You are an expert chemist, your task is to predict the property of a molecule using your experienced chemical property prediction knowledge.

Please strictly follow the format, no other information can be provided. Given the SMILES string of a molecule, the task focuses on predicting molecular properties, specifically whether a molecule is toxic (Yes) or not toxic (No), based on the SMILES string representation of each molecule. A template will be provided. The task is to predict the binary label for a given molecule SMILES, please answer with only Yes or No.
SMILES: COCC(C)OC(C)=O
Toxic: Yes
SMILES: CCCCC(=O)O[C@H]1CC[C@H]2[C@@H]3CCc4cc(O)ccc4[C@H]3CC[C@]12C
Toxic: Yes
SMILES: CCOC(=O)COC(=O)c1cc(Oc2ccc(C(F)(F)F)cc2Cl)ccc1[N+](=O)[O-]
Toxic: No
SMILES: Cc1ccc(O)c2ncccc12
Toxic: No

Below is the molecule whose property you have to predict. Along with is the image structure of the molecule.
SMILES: Nc1nc(-c2ccccc2)cs1
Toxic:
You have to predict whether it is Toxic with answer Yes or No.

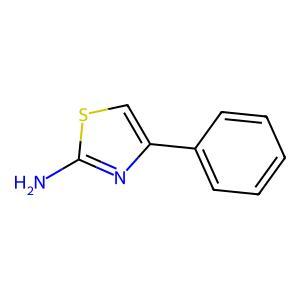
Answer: No